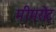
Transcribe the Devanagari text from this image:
मीमरोट